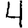
Digit: 4